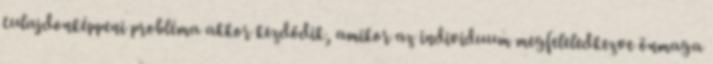
tulajdonképpeni probléma akkor kezdődik, amikor az individuum megfeleledkezve önmaga